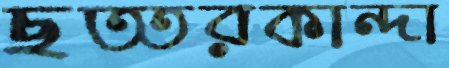
ছত্তরকান্দা